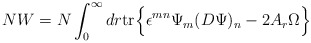
\begin{align*}NW = N \int^\infty_0 dr {\rm tr} \Bigr\{ \epsilon^{mn} \Psi_m(D\Psi)_n - 2A_r \Omega \Bigl\}\end{align*}